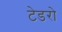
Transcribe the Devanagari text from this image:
टेडरो